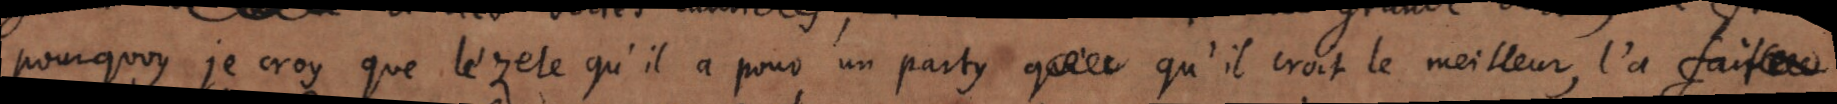
pourquoy je croy que le zele qu’il a pour un party qu’il qu’il croit le meilleur, l’a fait